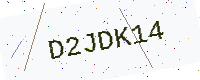
Text: D2JDK14